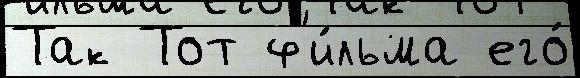
Так Тот ф'и́льма его́